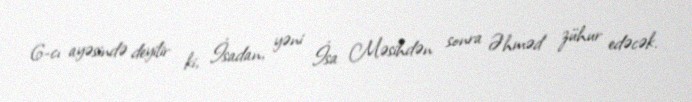
6-cı ayəsində deyilir ki, İsadan, yəni İsa Məsihdən sonra Əhməd zühur edəcək.